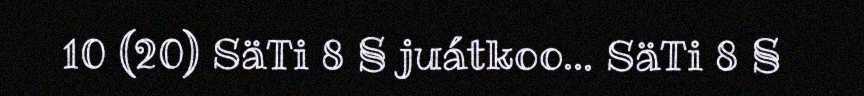
10 (20) SäTi 8 § juátkoo… SäTi 8 §